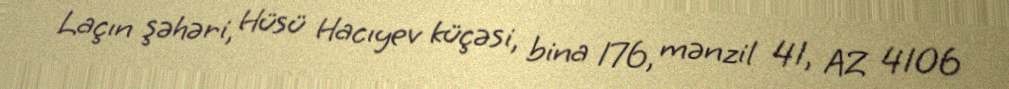
Laçın şəhəri, Hüsü Hacıyev küçəsi, bina 176, mənzil 41, AZ 4106